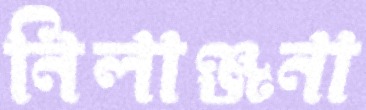
নিলাঞ্জনা